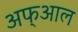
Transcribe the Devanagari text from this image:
अफ्आल